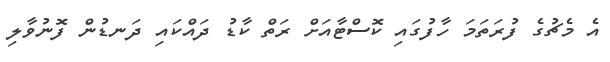
އެ މެޗުގެ ފުރަތަމަ ހާފުގައި ކޮސްޓާއަށް ރަތް ކާޑު ދައްކައި ދަނޑުން ފޮނުވާލި